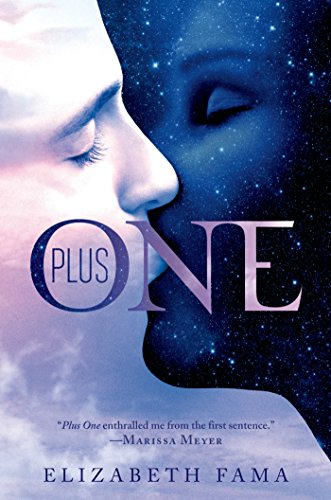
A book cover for Plus One; Elizabeth Fama; Teen & Young Adult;